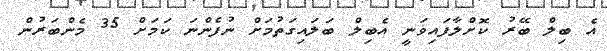
އެ ބިލް ބޭރު ކޮށްލާފައިވަނީ އެބިލް ބަލައިގަތުމަށް ނުފެންނަ ކަމަށް 35 މެންބަރުން